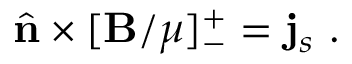
\hat { \mathbf { n } } \times [ \mathbf { B } / \mu ] _ { - } ^ { + } = \mathbf { j } _ { s } ~ .